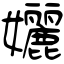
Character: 孋